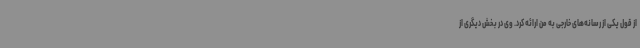
از قول یکی از رسانه‌های خارجی به من ارائه کرد. وی در بخش دیگری از